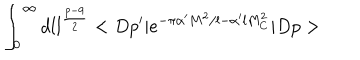
\int _ { 0 } ^ { \infty } d l l ^ { \frac { p - 9 } { 2 } } < D p ^ { \prime } \vert e ^ { - \pi \alpha ^ { \prime } M ^ { 2 } / l - \alpha ^ { \prime } l M _ { C } ^ { 2 } } \vert D p >